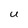
Character: U